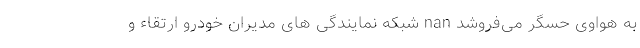
به هواوی حسگر می‌فروشد nan شبکه نمایندگی های مدیران خودرو ارتقاء و